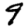
Digit: 9